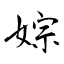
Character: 婃